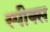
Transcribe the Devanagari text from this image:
स्पीक्स